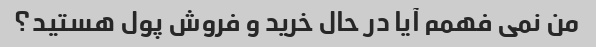
من نمی فهمم آیا در حال خرید و فروش پول هستید؟